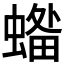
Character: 𧏓